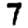
Digit: 7